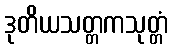
ဒုတိယသတ္တကသုတ္တံ